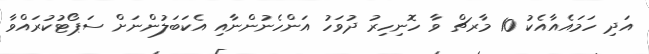
އަދި ހަމައެއާއެކު 10 މާރޗް ވާ ހޮނިހިރު ދުވަހު އަންހެނުންނާއި އެކަބަލުންނަށް ސަޕޯޓުކުރައްވާ